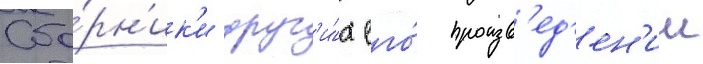
Сбо́рн'ик'и друг'и́х его́ произв'ед'ен'ии